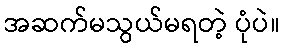
အဆက်မသွယ်မရတဲ့ ပုံပဲ။